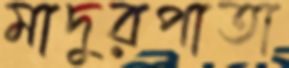
মাদুরপাতা